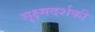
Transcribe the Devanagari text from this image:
सूक्ष्मदर्शकी